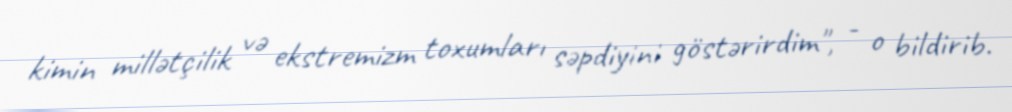
kimin millətçilik və ekstremizm toxumları səpdiyini göstərirdim", - o bildirib.